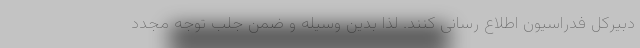
دبیرکل فدراسیون اطلاع رسانی کنند. لذا بدین وسیله و ضمن جلب توجه مجدد